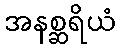
အနစ္ဆရိယံ